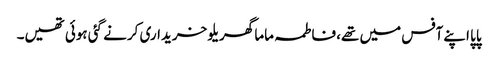
پاپا اپنے آفس میں تھے، فاطمہ ماما گھریلو خریداری کرنے گئی ہوئی تھیں۔